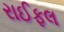
રાઈફલ